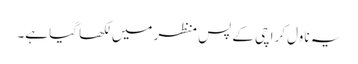
یہ ناول کراچی کے پس منظر میں لکھا گیا ہے۔